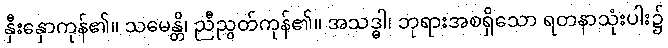
နှီးနှောကုန်၏။ သမေန္တိ၊ ညီညွတ်ကုန်၏။ အသဒ္ဓါ၊ ဘုရားအစရှိသော ရတနာသုံးပါး၌